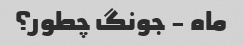
ماه - جونگ چطور؟